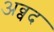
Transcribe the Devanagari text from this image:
अव्वद